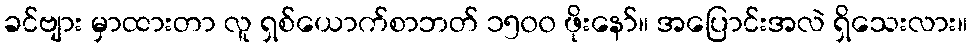
ခင်ဗျား မှာထားတာ လူ ရှစ်ယောက်စာဘတ် ၁၅၀၀ ဖိုးနော်။ အပြောင်းအလဲ ရှိသေးလား။